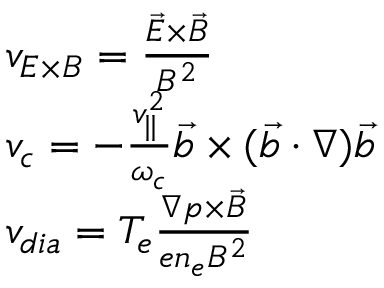
\begin{array} { r l } & { { v } _ { E \times B } = \frac { \vec { E } \times \vec { B } } { B ^ { 2 } } } \\ & { { v } _ { c } = - \frac { v _ { | | } ^ { 2 } } { \omega _ { c } } \vec { b } \times ( \vec { b } \cdot \nabla ) \vec { b } } \\ & { { v } _ { d i a } = T _ { e } \frac { \nabla p \times \vec { B } } { e n _ { e } B ^ { 2 } } } \end{array}